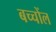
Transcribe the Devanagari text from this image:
बच्चोंल